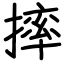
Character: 摔